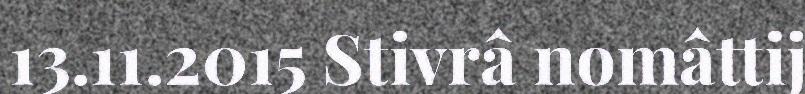
13.11.2015 Stivrâ nomâttij